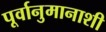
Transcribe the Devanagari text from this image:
पूर्वानुमानाशी